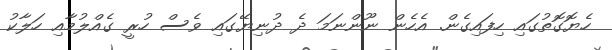
ހެޔޮގޮތުގައި ހިފައިގެން. އެހެން ނޫންނަމަ ދެ ދުނިޔޭގައި ވެސް ހުރީ ގެއްލުމާއި ހަލާކު